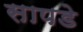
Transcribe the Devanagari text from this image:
सापडे